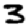
Digit: 3